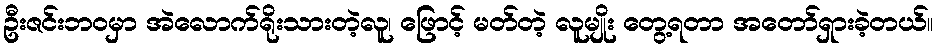
ဦးဇင်းဘဝမှာ အဲလောက်ရိုးသားတဲ့လူ၊ ဖြောင့် မတ်တဲ့ လူမျိုး တွေ့ရတာ အတော်ရှားခဲ့တယ်။